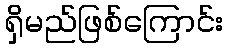
ရှိမည်ဖြစ်ကြောင်း